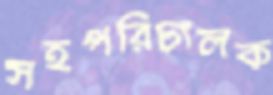
সহপরিচালক